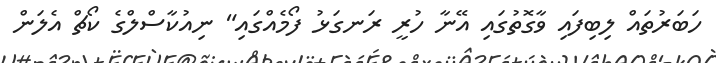
ހަބަރުތައް ލިބިފައި ވާގޮތުގައި އޭނާ ހުރީ ރަނގަޅު ފޯމެއްގައި" ނިއުކާސްލްގެ ކޯޗް އެލަން